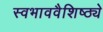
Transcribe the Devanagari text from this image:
स्वभाववैशिष्ठ्ये